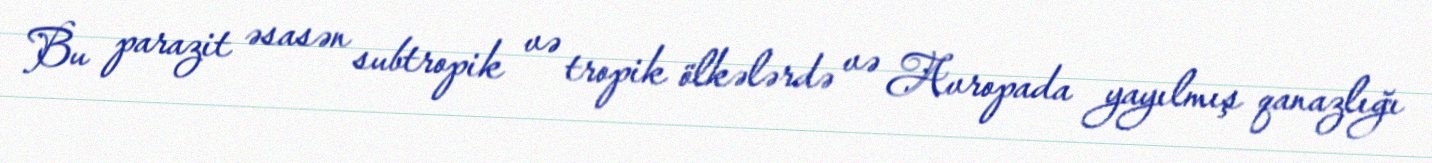
Bu parazit əsasən subtropik və tropik ölkələrdə və Avropada yayılmış qanazlığı